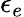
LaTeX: \epsilon_{e}